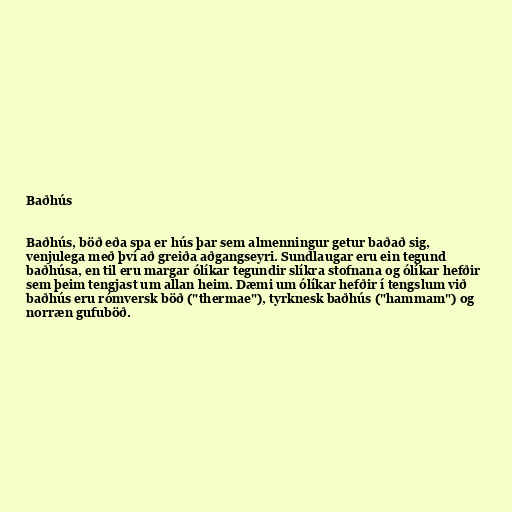
Baðhús

Baðhús, böð eða spa er hús þar sem almenningur getur baðað sig,
venjulega með því að greiða aðgangseyri. Sundlaugar eru ein tegund
baðhúsa, en til eru margar ólíkar tegundir slíkra stofnana og ólíkar hefðir
sem þeim tengjast um allan heim. Dæmi um ólíkar hefðir í tengslum við
baðhús eru rómversk böð ("thermae"), tyrknesk baðhús ("hammam") og
norræn gufuböð.